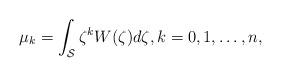
LaTeX: \begin{align*}\mu_k =\int_{\mathcal S}\zeta^k W(\zeta)d\zeta,k=0,1,\dots,n,\end{align*}